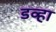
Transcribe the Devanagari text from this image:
डव्हा